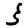
Digit: 3